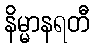
နိမ္မာနရတီ